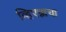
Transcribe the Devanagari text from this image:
व्हिएन्नाचा